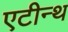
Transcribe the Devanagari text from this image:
एटीन्थ